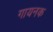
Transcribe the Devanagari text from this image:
गायनक